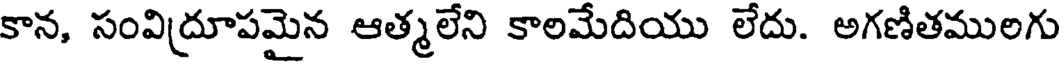
కాన, సంవిద్రూపమైన ఆత్మలేని కాలమేదియు లేదు. అగణితములగు